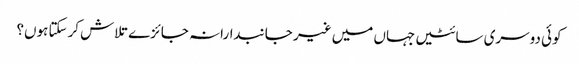
کوئی دوسری سائٹیں جہاں میں غیر جانبدارانہ جائزے تلاش کرسکتا ہوں؟